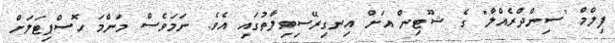
ފިލްމް "ސިންދްރެއްލާ" ގެ ޝޫޓިން އަށް އިނގިރޭސިވިލާތުގައި އެވެ. ނަމަވެސް މަންމަ ހޮސްޕިޓަލަށް